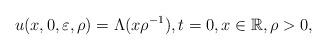
LaTeX: \begin{align*} u(x,0,\varepsilon,\rho) = \Lambda ( {x}{\rho}^{-1}), t = 0, x\in\mathbb{R}, \rho>0,\end{align*}